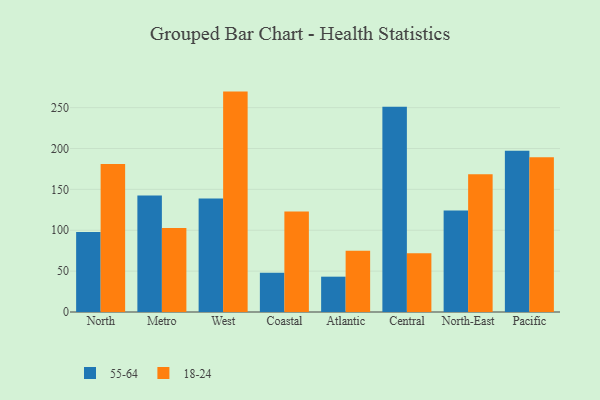
{"axis": {"x": "Region", "y": "Latency (ms)"}, "legend": ["18-24", "55-64"], "data": [{"x": "North", "y": 98.0, "type": "55-64"}, {"x": "North", "y": 181.0, "type": "18-24"}, {"x": "Metro", "y": 142.4, "type": "55-64"}, {"x": "Metro", "y": 102.9, "type": "18-24"}, {"x": "West", "y": 138.9, "type": "55-64"}, {"x": "West", "y": 269.6, "type": "18-24"}, {"x": "Coastal", "y": 48.0, "type": "55-64"}, {"x": "Coastal", "y": 122.8, "type": "18-24"}, {"x": "Atlantic", "y": 43.2, "type": "55-64"}, {"x": "Atlantic", "y": 74.9, "type": "18-24"}, {"x": "Central", "y": 251.2, "type": "55-64"}, {"x": "Central", "y": 71.9, "type": "18-24"}, {"x": "North-East", "y": 124.3, "type": "55-64"}, {"x": "North-East", "y": 168.5, "type": "18-24"}, {"x": "Pacific", "y": 197.1, "type": "55-64"}, {"x": "Pacific", "y": 189.2, "type": "18-24"}]}